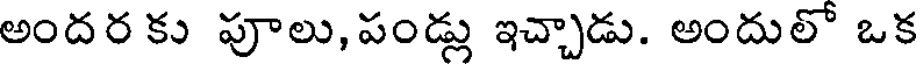
అందర కు పూలు,పండ్లు ఇచ్చాడు. అందులో ఒక